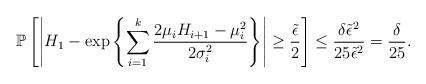
LaTeX: \begin{align*}\mathbb{P}\left[\left| H_{1} - \exp \left\{ \sum_{i=1}^{k} \frac{2\mu_{i}H_{i+1}- \mu_{i}^2 }{2 \sigma_{i}^2} \right\} \right|\ge \frac{\tilde{\epsilon}}{2}\right]\le \frac{\delta \tilde{\epsilon}^2}{25 \tilde{\epsilon}^2}=\frac{\delta}{25}.\end{align*}